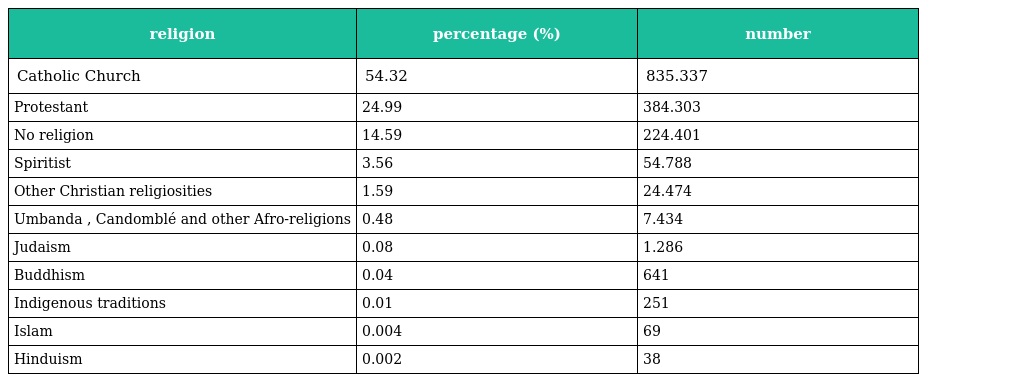
| religion | percentage (%) | number |
 | --- | --- | --- |
 | Catholic Church | 54.32 | 835.337 |
 | Protestant | 24.99 | 384.303 |
 | No religion | 14.59 | 224.401 |
 | Spiritist | 3.56 | 54.788 |
 | Other Christian religiosities | 1.59 | 24.474 |
 | Umbanda , Candomblé and other Afro-religions | 0.48 | 7.434 |
 | Judaism | 0.08 | 1.286 |
 | Buddhism | 0.04 | 641 |
 | Indigenous traditions | 0.01 | 251 |
 | Islam | 0.004 | 69 |
 | Hinduism | 0.002 | 38 |